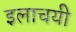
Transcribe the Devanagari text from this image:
इलाचयी